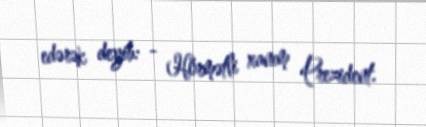
edərək deyib: - Hörmətli xanım Prezident.